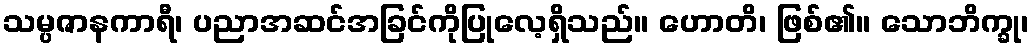
သမ္ပဇာနကာရီ၊ ပညာအဆင်အခြင်ကိုပြုလေ့ရှိသည်။ ဟောတိ၊ ဖြစ်၏။ သောဘိက္ခု၊